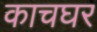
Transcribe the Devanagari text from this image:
काचघर